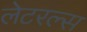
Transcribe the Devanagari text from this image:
लेटरल्स